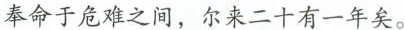
奉命于危难之间，尔来二十有一年矣。